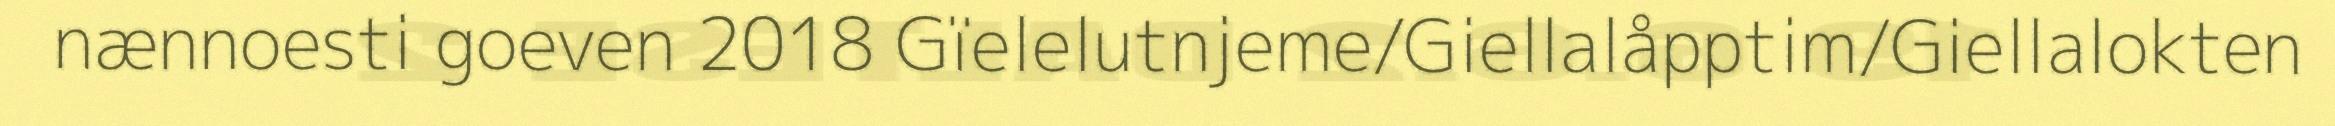
nænnoesti goeven 2018 Gïelelutnjeme/Giellalåpptim/Giellalokten